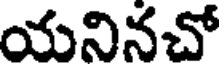
యనినచో